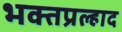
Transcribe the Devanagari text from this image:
भक्तप्रल्हाद